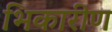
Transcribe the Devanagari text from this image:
भिकारीण